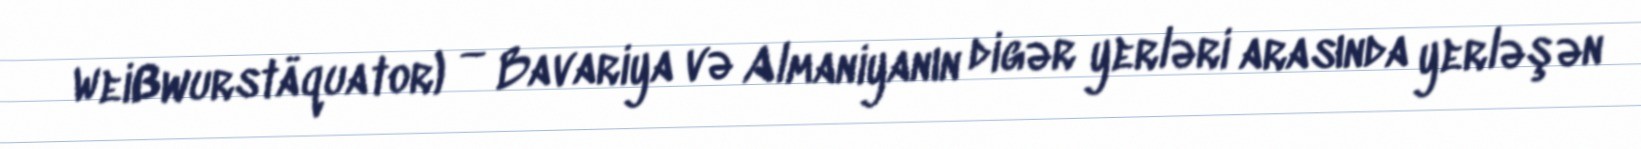
Weißwurstäquator) — Bavariya və Almaniyanın digər yerləri arasında yerləşən